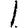
Digit: 1